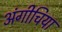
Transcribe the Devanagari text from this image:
अंगीचिया